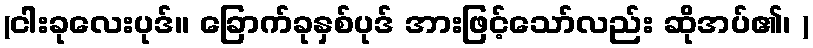
(ငါးခုလေးပုဒ်။ ခြောက်ခုနှစ်ပုဒ် အားဖြင့်သော်လည်း ဆိုအပ်၏၊ )